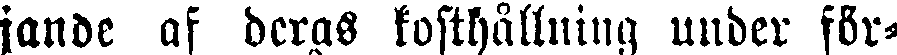
jande af deras kosthållning under för-